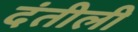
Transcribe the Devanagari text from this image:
दंतीली